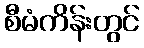
စီမံကိန်းတွင်